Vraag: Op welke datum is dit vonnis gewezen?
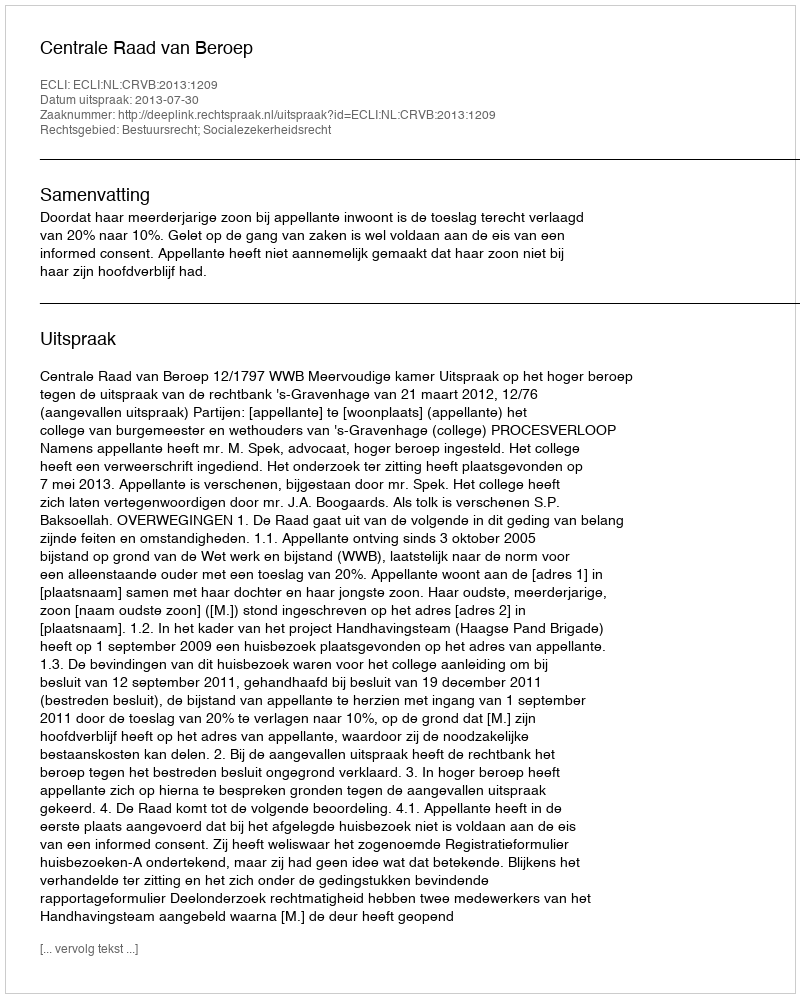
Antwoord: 2013-07-30